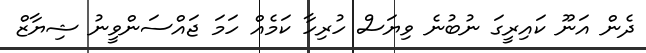
ދެން އަނޫ ކައިރީގަ ނުބުނެ ވިޔަސް ހުރިހާ ކަމެއް ހަމަ ޖައްސަންވީނު ޝިޔާޒް